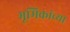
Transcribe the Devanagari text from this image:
भूमिकांच्या